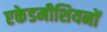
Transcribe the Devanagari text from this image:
एकेडमीशियनों